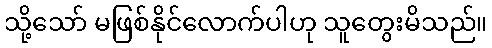
သို့သော် မဖြစ်နိုင်လောက်ပါဟု သူတွေးမိသည်။